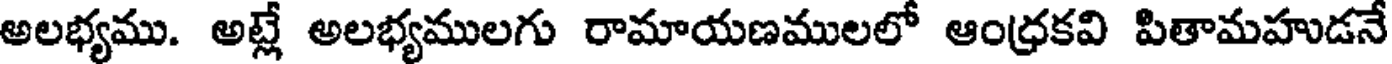
అలభ్యము. అట్లే అలభ్యములగు రామాయణములలో ఆంధ్రకవి పితామహుడనే